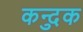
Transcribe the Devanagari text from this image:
कन्दुक